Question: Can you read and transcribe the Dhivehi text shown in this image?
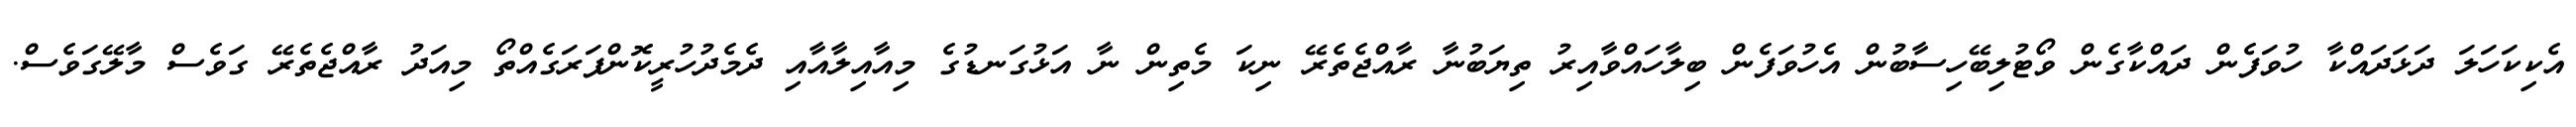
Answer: އެކިކަހަލަ ދަޅަދައްކާ ހުވަފެން ދައްކާގެން ވޯޓުލިބޭހިސާބުން އެހުވަފެން ބިލާހައްވާއިރު ތިޔަބުނާ ރާއްޖެތެރޭ ނިކަ މެތިން ނާ އަޅުގަނޑުގެ މިއާއިލާއާއި ދެމެދުހުރީކޮންފަރަގެއްތޯ މިއަދު ރާއްޖެތެރޭ ގަވެސް މާލޭގަވެސް.